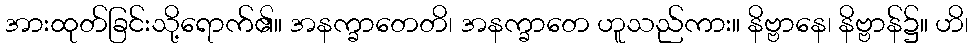
အားထုတ်ခြင်းသို့ရောက်၏။ အနက္ခာတေတိ၊ အနက္ခာတေ ဟူသည်ကား။ နိဗ္ဗာနေ၊ နိဗ္ဗာန်၌။ ဟိ၊